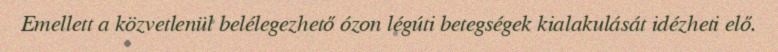
Emellett a közvetlenül belélegezhető ózon légúti betegségek kialakulását idézheti elő.